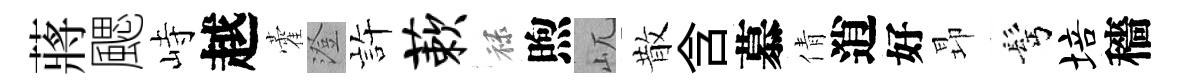
蔣颸峙越藿澄静蔌禄煦屼散含慕倩逍好昻髩培穡